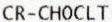
CR-CHOCLT